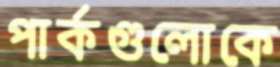
পার্কগুলোকে